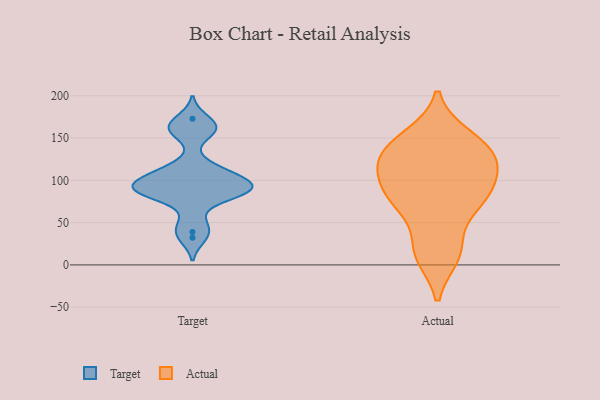
{"axis": {"x": "Shipments", "y": "Value"}, "legend": ["Actual", "Target"], "data": [{"x": "", "y": 173, "type": "Target"}, {"x": "", "y": 51, "type": "Target"}, {"x": "", "y": 95, "type": "Target"}, {"x": "", "y": 89, "type": "Target"}, {"x": "", "y": 160, "type": "Target"}, {"x": "", "y": 39, "type": "Target"}, {"x": "", "y": 85, "type": "Target"}, {"x": "", "y": 85, "type": "Target"}, {"x": "", "y": 104, "type": "Target"}, {"x": "", "y": 81, "type": "Target"}, {"x": "", "y": 91, "type": "Target"}, {"x": "", "y": 107, "type": "Target"}, {"x": "", "y": 161, "type": "Target"}, {"x": "", "y": 108, "type": "Target"}, {"x": "", "y": 32, "type": "Target"}, {"x": "", "y": 93, "type": "Target"}, {"x": "", "y": 118, "type": "Target"}, {"x": "", "y": 90, "type": "Target"}, {"x": "", "y": 159, "type": "Target"}, {"x": "", "y": 127, "type": "Actual"}, {"x": "", "y": 98, "type": "Actual"}, {"x": "", "y": 143, "type": "Actual"}, {"x": "", "y": 69, "type": "Actual"}, {"x": "", "y": 11, "type": "Actual"}, {"x": "", "y": 19, "type": "Actual"}, {"x": "", "y": 152, "type": "Actual"}, {"x": "", "y": 81, "type": "Actual"}, {"x": "", "y": 118, "type": "Actual"}, {"x": "", "y": 79, "type": "Actual"}, {"x": "", "y": 123, "type": "Actual"}]}